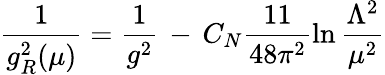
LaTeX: \frac{1}{g_{R}^{2}(\mu)}=\frac{1}{g^{2}}\, -\, C_{N}\frac{11}{48\pi^{2}}\ln\frac{\Lambda^{2}}{\mu^{2}}